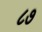
૮૭